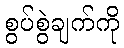
စွပ်စွဲချက်ကို